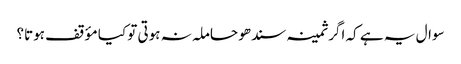
سوال یہ ہے کہ اگر ثمینہ سندھو حاملہ نہ ہوتی تو کیا مؤقف ہوتا؟